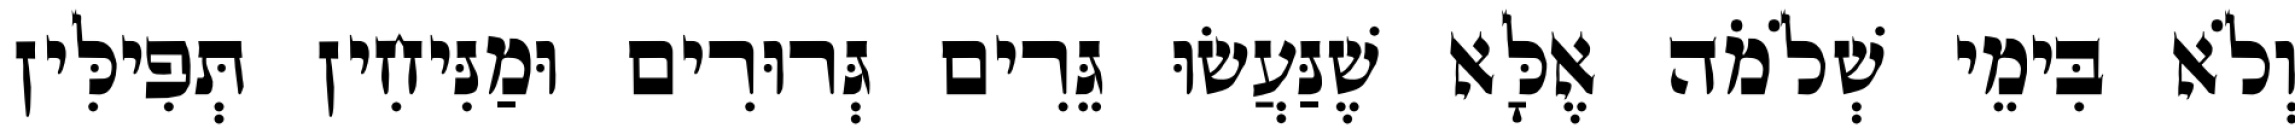
וְלֹא בִּימֵי שְׁלֹמֹה אֶלָּא שֶׁנַּעֲשׂוּ גֵּרִים גְּרוּרִים וּמַנִּיחִין תְּפִילִּין